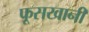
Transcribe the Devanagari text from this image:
फूसखानी